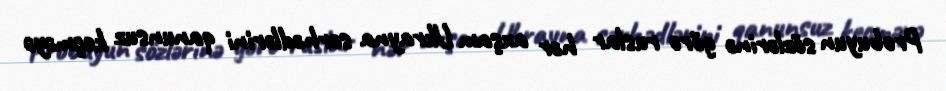
Probuyun sözlərinə görə ruslar hər axşam Ukrayna sərhədlərini qanunsuz keçməyə